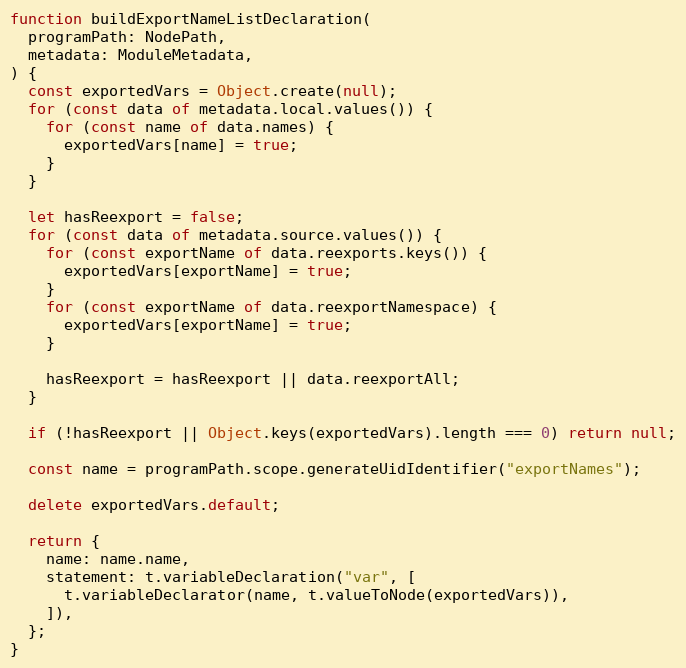
Language: JavaScript
function buildExportNameListDeclaration(
  programPath: NodePath,
  metadata: ModuleMetadata,
) {
  const exportedVars = Object.create(null);
  for (const data of metadata.local.values()) {
    for (const name of data.names) {
      exportedVars[name] = true;
    }
  }

  let hasReexport = false;
  for (const data of metadata.source.values()) {
    for (const exportName of data.reexports.keys()) {
      exportedVars[exportName] = true;
    }
    for (const exportName of data.reexportNamespace) {
      exportedVars[exportName] = true;
    }

    hasReexport = hasReexport || data.reexportAll;
  }

  if (!hasReexport || Object.keys(exportedVars).length === 0) return null;

  const name = programPath.scope.generateUidIdentifier("exportNames");

  delete exportedVars.default;

  return {
    name: name.name,
    statement: t.variableDeclaration("var", [
      t.variableDeclarator(name, t.valueToNode(exportedVars)),
    ]),
  };
}